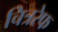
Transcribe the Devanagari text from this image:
चित्ररेफ